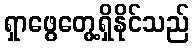
ရှာဖွေတွေ့ရှိနိုင်သည်